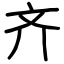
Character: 齐